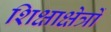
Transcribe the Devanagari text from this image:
शिक्षाक्षेत्रों